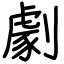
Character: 劇